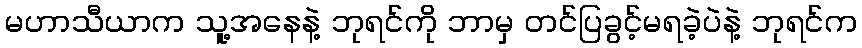
မဟာသီယာက သူ့အနေနဲ့ ဘုရင်ကို ဘာမှ တင်ပြခွင့်မရခဲ့ပဲနဲ့ ဘုရင်က